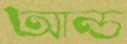
আন্ড